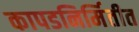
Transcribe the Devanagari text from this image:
कापडनिर्मितीत